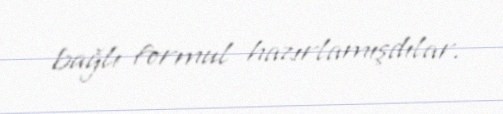
bağlı formul hazırlamışdılar.